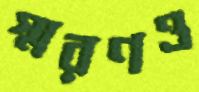
স্মরণও